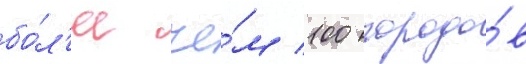
бо́л'ее че́м 100 городо́в